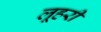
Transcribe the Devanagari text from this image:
लूहरी